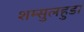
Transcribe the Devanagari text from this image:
शम्सुलहुडा